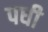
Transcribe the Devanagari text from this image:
पधी